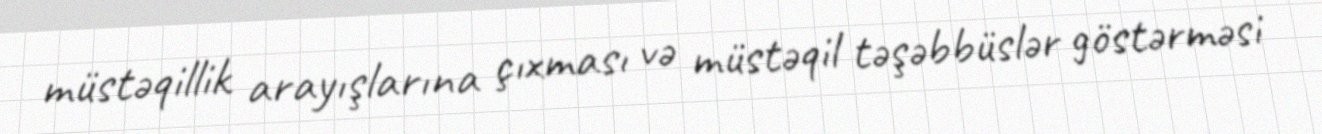
müstəqillik arayışlarına çıxması və müstəqil təşəbbüslər göstərməsi